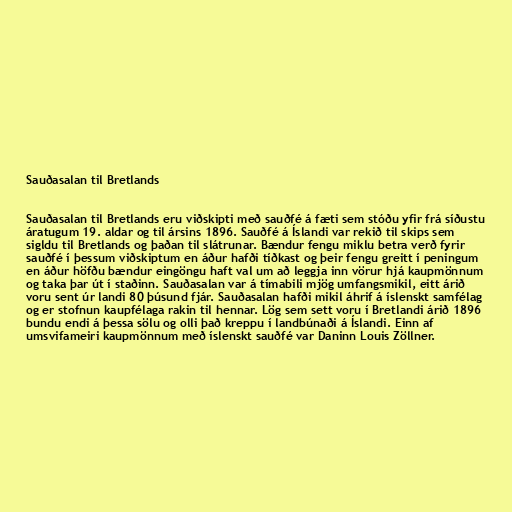
Sauðasalan til Bretlands

Sauðasalan til Bretlands eru viðskipti með sauðfé á fæti sem stóðu yfir frá síðustu
áratugum 19. aldar og til ársins 1896. Sauðfé á Íslandi var rekið til skips sem
sigldu til Bretlands og þaðan til slátrunar. Bændur fengu miklu betra verð fyrir
sauðfé í þessum viðskiptum en áður hafði tíðkast og þeir fengu greitt í peningum
en áður höfðu bændur eingöngu haft val um að leggja inn vörur hjá kaupmönnum
og taka þar út í staðinn. Sauðasalan var á tímabili mjög umfangsmikil, eitt árið
voru sent úr landi 80 þúsund fjár. Sauðasalan hafði mikil áhrif á íslenskt samfélag
og er stofnun kaupfélaga rakin til hennar. Lög sem sett voru í Bretlandi árið 1896
bundu endi á þessa sölu og olli það kreppu í landbúnaði á Íslandi. Einn af
umsvifameiri kaupmönnum með íslenskt sauðfé var Daninn Louis Zöllner.